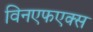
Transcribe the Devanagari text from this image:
विनएफएक्स